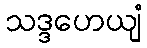
သဒ္ဒဟေယျံ